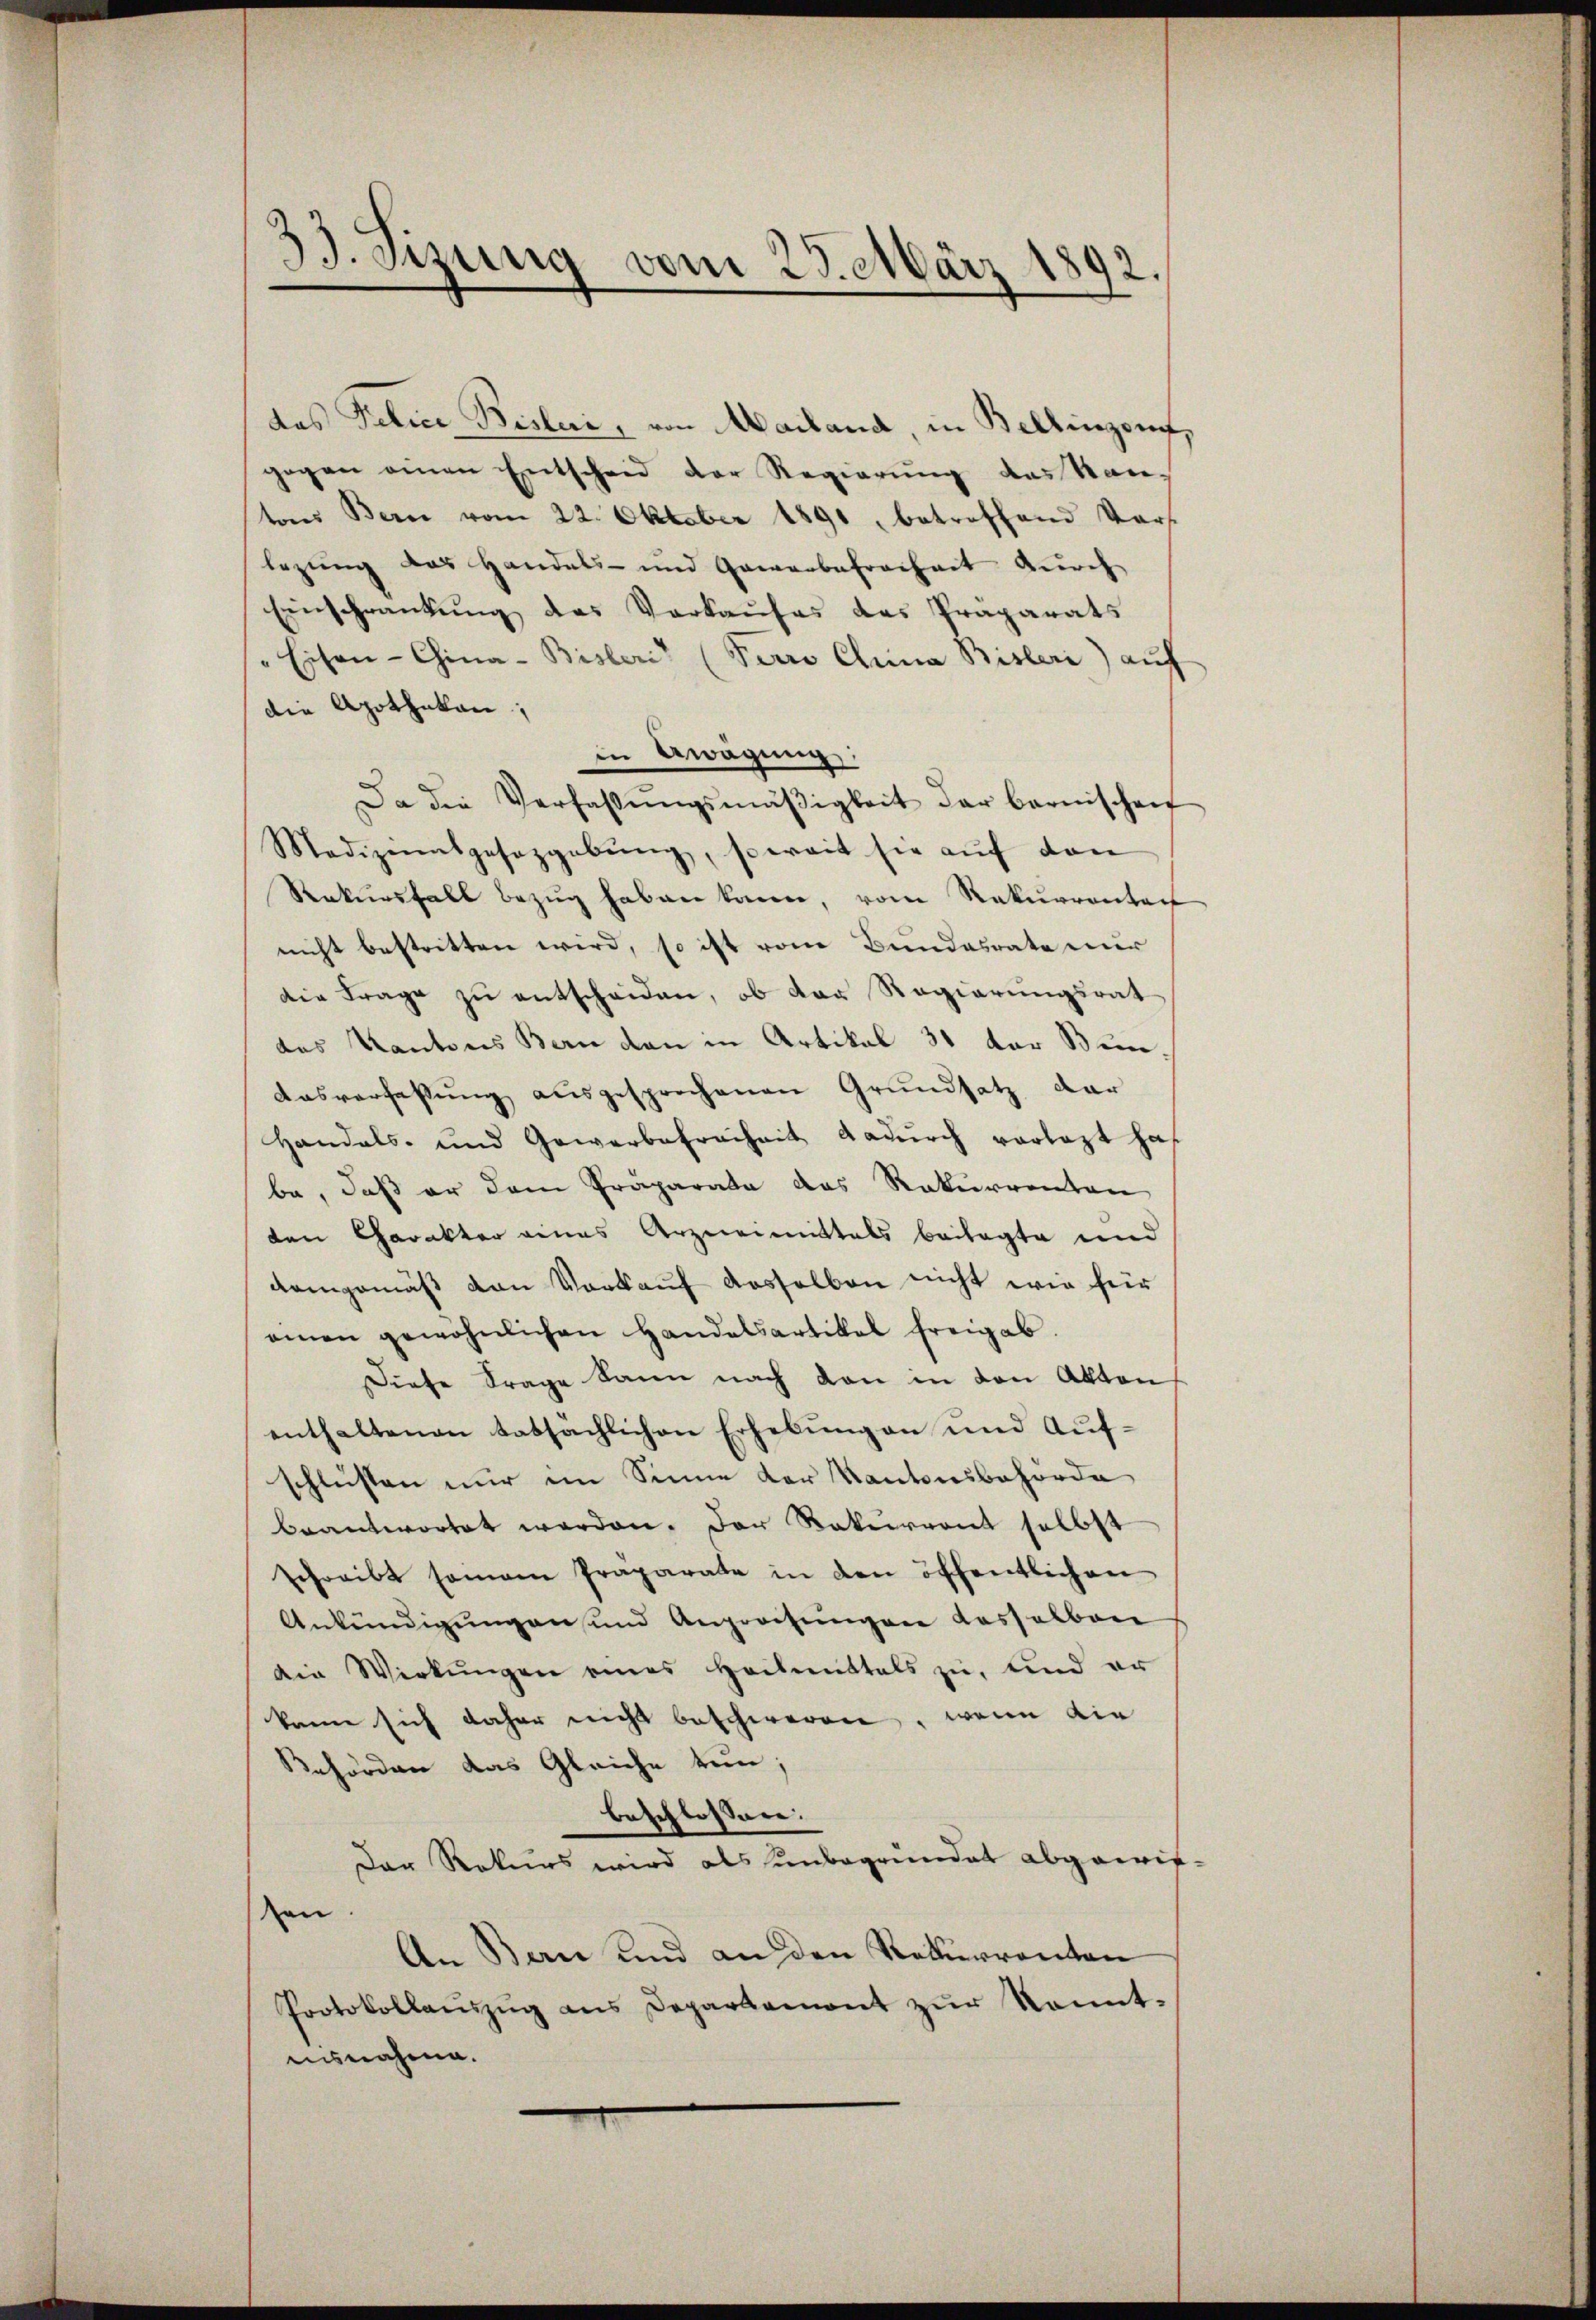
3. Sizung vom 23. März 1892.

das Police Bisleri, von Mailand, in Bellinzonf,
gegen einen Entscheid der Regierung das Kantons Bern vom 22. Oktober 1891, betreffend Vors
legung das Handels- und Gewerbefreiheit durch
Einschränkung des Verkaufes das Präparats
" Eisen-China-Bisleri“ (Perro Chrina Bisleri) auf
die Apothekan;
in Erwägung
Da die Verfassŭngsmäßigkeit der bernischen
Medizinalgesezgabŭng, soweit sie aŭf dan
Rekursfall bezug haben kann, vom Rekurrenten
nicht bestritten wird, so ist vom Bundesrate nur
die Frage zu entscheiden, ob der Regierungsrat
das Kantons Bern den in Artikal 31 der Bun-
Ausverfassung ausgesprochenen Grundsatz dar
Handels- und Gewerbefreiheit dadŭrch vorlegt haf
be, daß er dem Präparata das Rekurrenten
den Charakter eines Arzneimittals beilagte und
demgemäß von Vorkauf dasselben nicht wie für
amen gewöhnlichen Handelsartikal freigab.
Diese Frage kann nach den in den Akten
enthaltenen tatsächlichen Erhebŭng an und Aufschlussen nur im Sinne der Kantonsbehörde
beantwortet werden. Der Rekurrent selbst
schreibt sonam Präparate in den öffentlichen
Ankündigungen und Angreifŭngen dasselben
die Wirkungen eines Heilmittels zŭ, und er
kann sich daher nicht beschweren, wenn die
Behörden das Gleiche tun,
beschlossen:
Der Rekurs wird als unbegründet abgewis-
on
An Bern und an den Rekurrenten
Protokollaŭszŭg ans Departement zŭr konnt-
ausnahme.